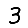
Digit: 3